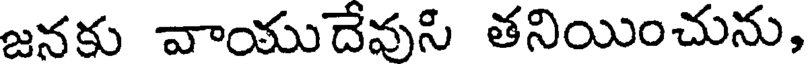
జనకు వాయుదేవుసి తనియించును,